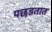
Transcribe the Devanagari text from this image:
पछडतात